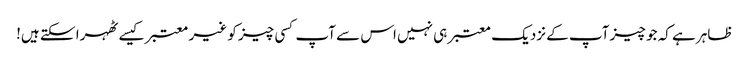
ظاہر ہے کہ جو چیز آپ کے نزدیک معتبر ہی نہیں اس سے آپ کسی چیز کو غیر معتبر کیسے ٹھہرا سکتے ہیں!